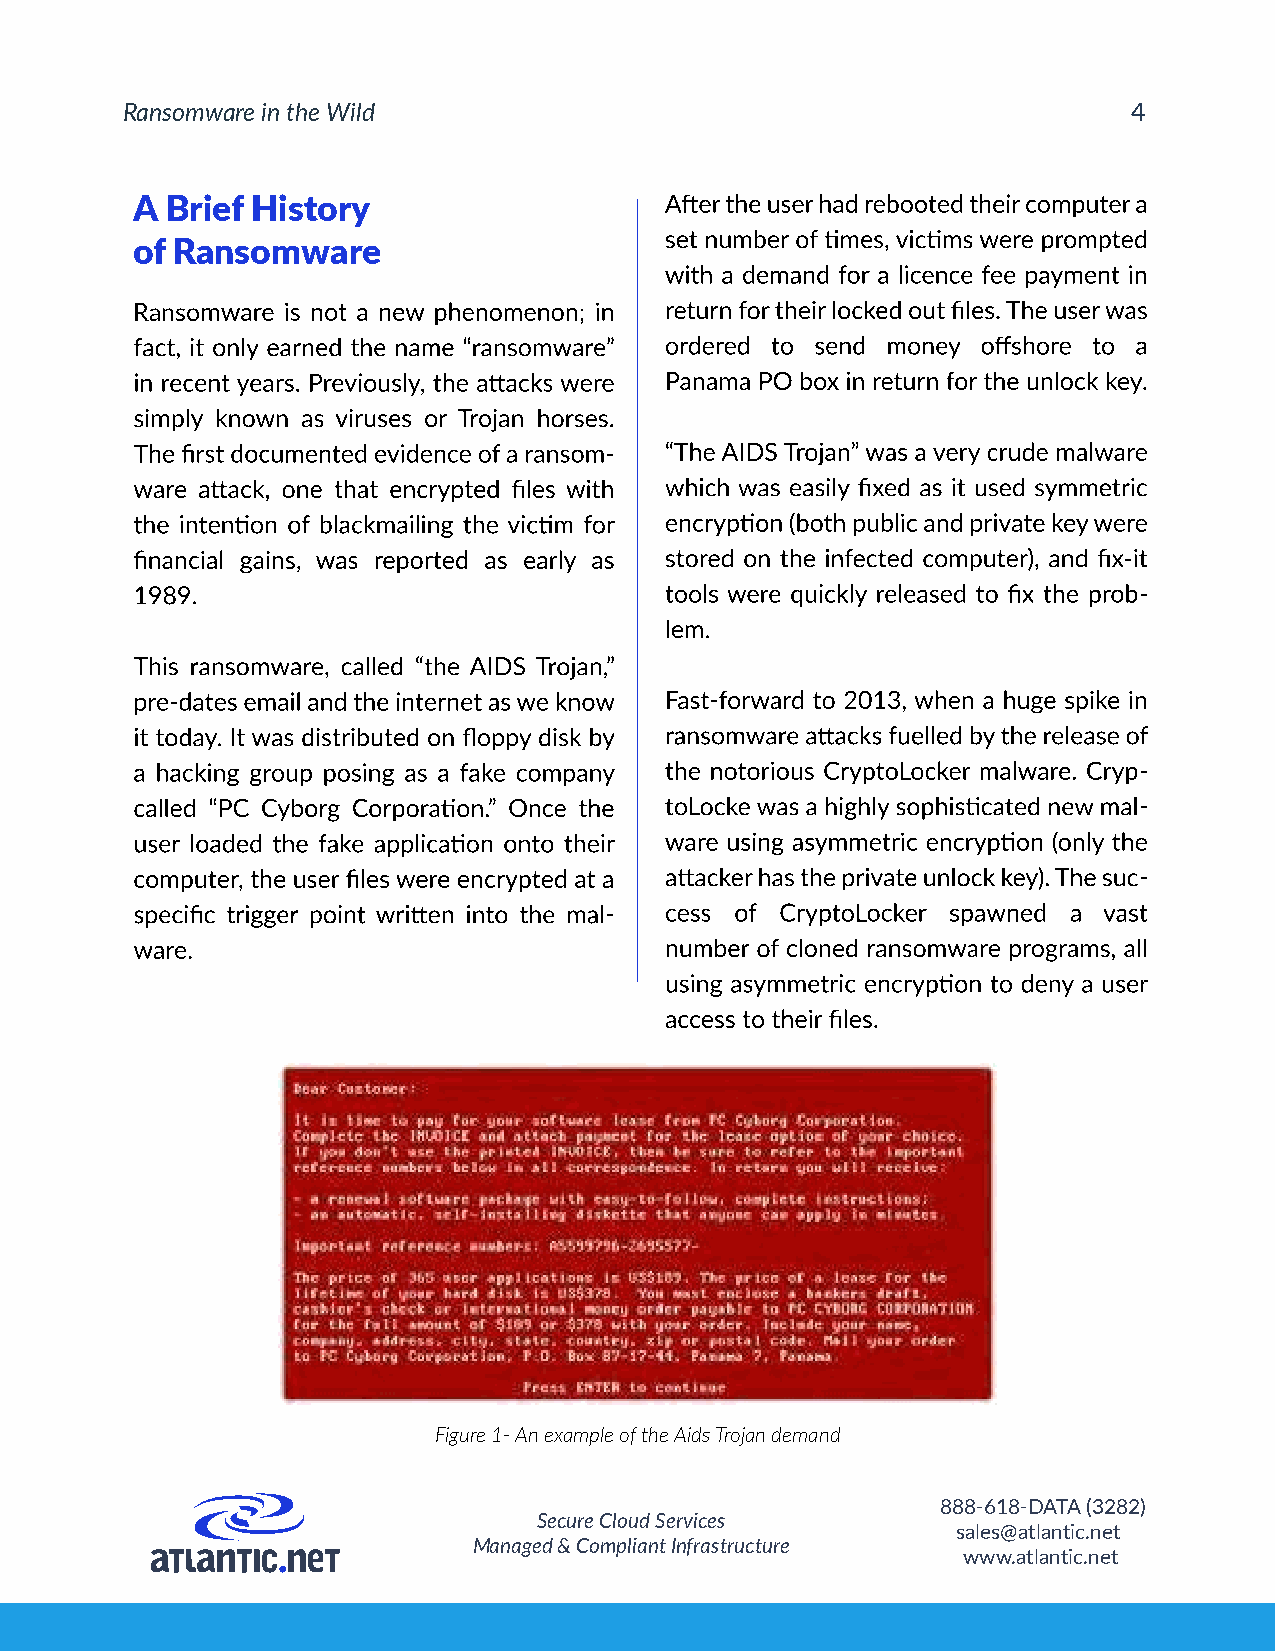
Ransomware in the Wild
 A Brief History
 of Ransomware
 Ranso
 -
 -
 -
 -
 -
 -
 Figure 1- An example of the Aids Trojan demand
 888-618-DATA (3282)
 Secure Cloud Services
 sales@atlantic.net
 Managed & Compliant Infrastructure
 www.atlantic.net